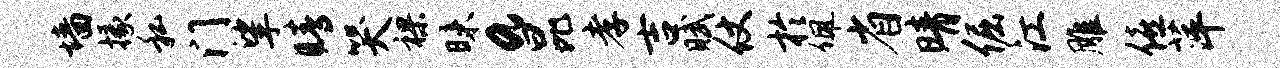
墙掾私门挲睛哭裸昧a昆孝吉赋仗於佩省晴倔江雕僖萍